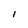
Character: I